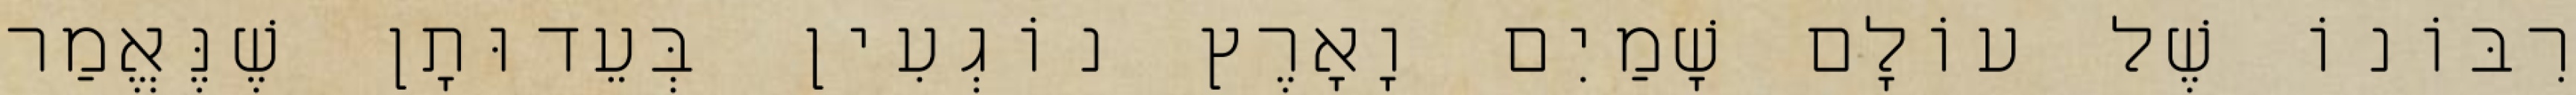
רִבּוֹנוֹ שֶׁל עוֹלָם שָׁמַיִם וָאָרֶץ נוֹגְעִין בְּעֵדוּתָן שֶׁנֶּאֱמַר